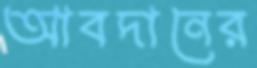
আবদানের